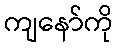
ကျနော်ကို